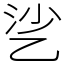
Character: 乷